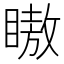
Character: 𬑞